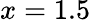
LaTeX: x=1.5